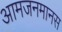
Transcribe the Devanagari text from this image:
आमजनमानस